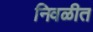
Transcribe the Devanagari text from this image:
निवळीत